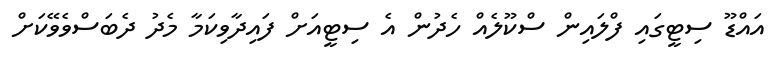
އައްޑޫ ސިޓީގައި ފްލައިން ސްކޫލެއް ހެދުން އެ ސިޓީއަށް ފައިދާވިކަމާ މެދު ދެބަސްވެވޭކަށް